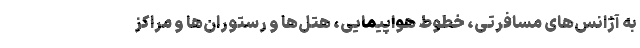
به آژانس‌های مسافرتی، خطوط هواپیمایی، هتل‌ها و رستوران‌ها و مراکز